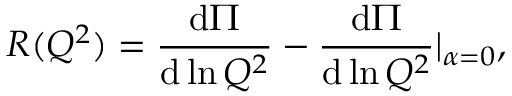
R ( Q ^ { 2 } ) = \frac { \mathrm { d } \Pi } { \mathrm { d } \ln Q ^ { 2 } } - \frac { \mathrm { d } \Pi } { \mathrm { d } \ln Q ^ { 2 } } | _ { \alpha = 0 } ,